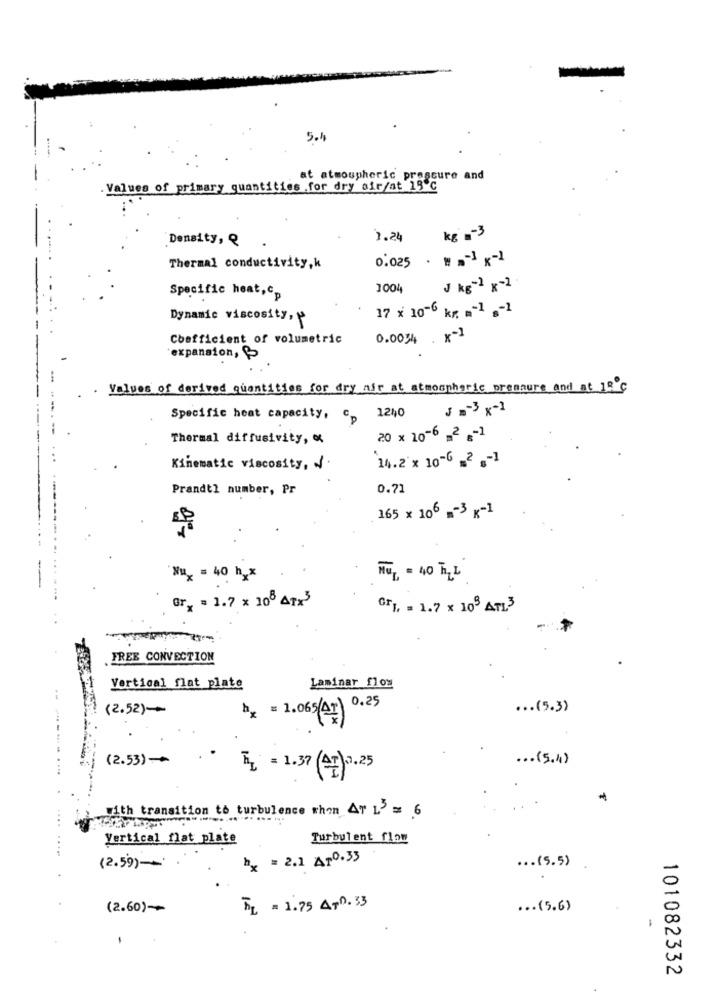
5.4
at atmospheric pressure and
Values of primary quantities .for dry air/at 19℃
kg =- 3
Density, Q
1.24
0.025 · " .- 1 x-1
Thermal conductivity, k
1004
J kg-2 x-2
Specific heat, c.
17 x 10-6 kr =- 1 ,- 1
Dynamic viscosity, p
Coefficient of volumetric
0.0034 . x-2
expansion,
Values of derived quantities for dry mir at atmospheric pressure and at 10 ℃
J =- 3 x-1
Specific heat capacity, c_ 1240
Thermal diffusivity, of
20 x 10-6 _2 _- 1
Kinematic viscosity, /
14.2 x 10-6 _2 ,- 1
Prandtl number, Pr
0.71
165 x 106 -3 x-1
Nux = 40 h2x
HOL = 40 TILL
Gry = 1.7 x 108 4123
GFI, = 1.7 x 109 AT13
FREE CONVECTION
Vertical flat plate
Laminar flow
(2.52)-+
0.25
... (5.3)
bx = 1.065(AT)
(2.53) --
... ( 5.4)
4 = 1.37 (47) 7.25
...
with transition to turbulence whom Ar L3 = 6
Vertical flat plate
Turbulent flow
hx = 2.1 Ap0.33
... (5.5)
(2.59)-
(2.60)-+
FL = 1.75 APR.33
... (5.6)
101082332